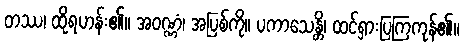
တဿ၊ ထိုရဟန်း၏။ အဝဏ္ဏံ၊ အပြစ်ကို။ ပကာသေန္တိ၊ ထင်ရှားပြကြကုန်၏။